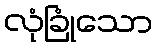
လုံခြုံသော